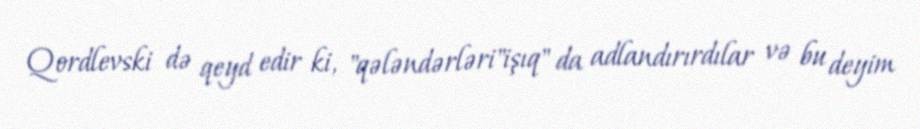
Qordlevski də qeyd edir ki, "qələndərləri"işıq" da adlandırırdılar və bu deyim